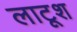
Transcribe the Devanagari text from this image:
लाटूश